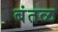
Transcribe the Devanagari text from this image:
बंतळ